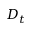
D _ { t }